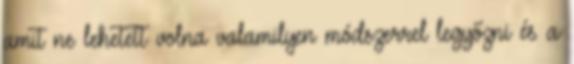
amit ne lehetett volna valamilyen módszerrel legyőzni és a